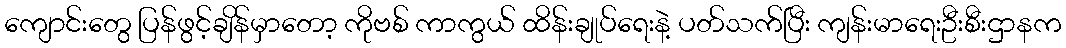
ကျောင်းတွေ ပြန်ဖွင့်ချိန်မှာတော့ ကိုဗစ် ကာကွယ် ထိန်းချုပ်ရေးနဲ့ ပတ်သက်ပြီး ကျန်းမာရေးဦးစီးဌာနက